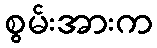
စွမ်းအားက